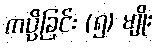
ကပ္ပိခြင်း (၅) မျိုး